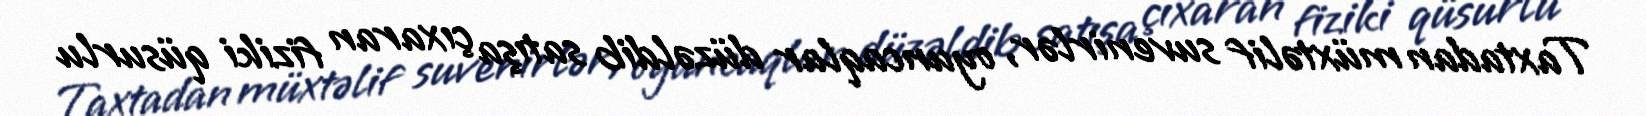
Taxtadan müxtəlif suvenirlər, oyuncaqlar düzəldib satışa çıxaran fiziki qüsurlu